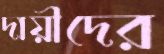
দায়ীদের